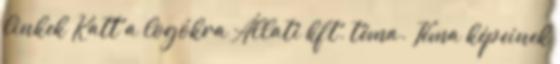
linkek Katt a logókra Állati kft. téma. Téma képeinek